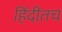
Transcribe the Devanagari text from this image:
हिंदीतच